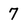
Character: 7